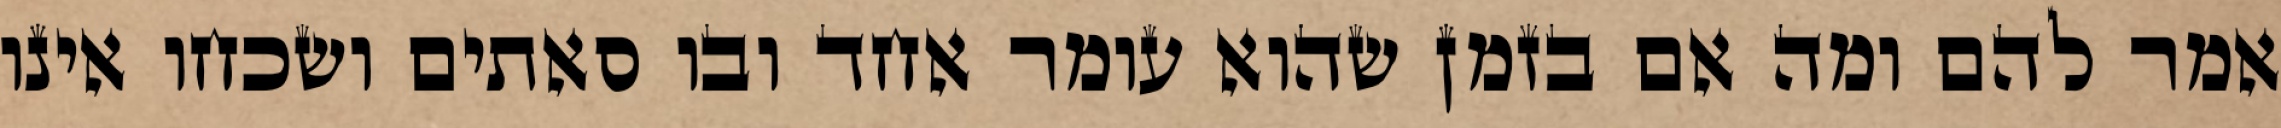
אמר להם ומה אם בזמן שהוא עומר אחד ובו סאתים ושכחו אינו